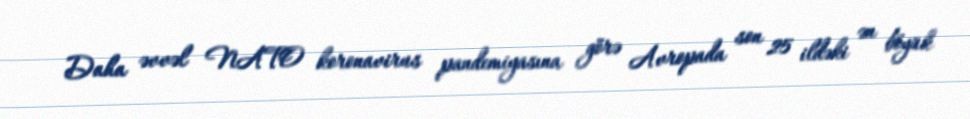
Daha əvvəl NATO koronavirus pandemiyasına görə Avropada son 25 ildəki ən böyük